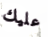
عليك